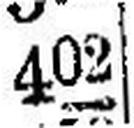
402